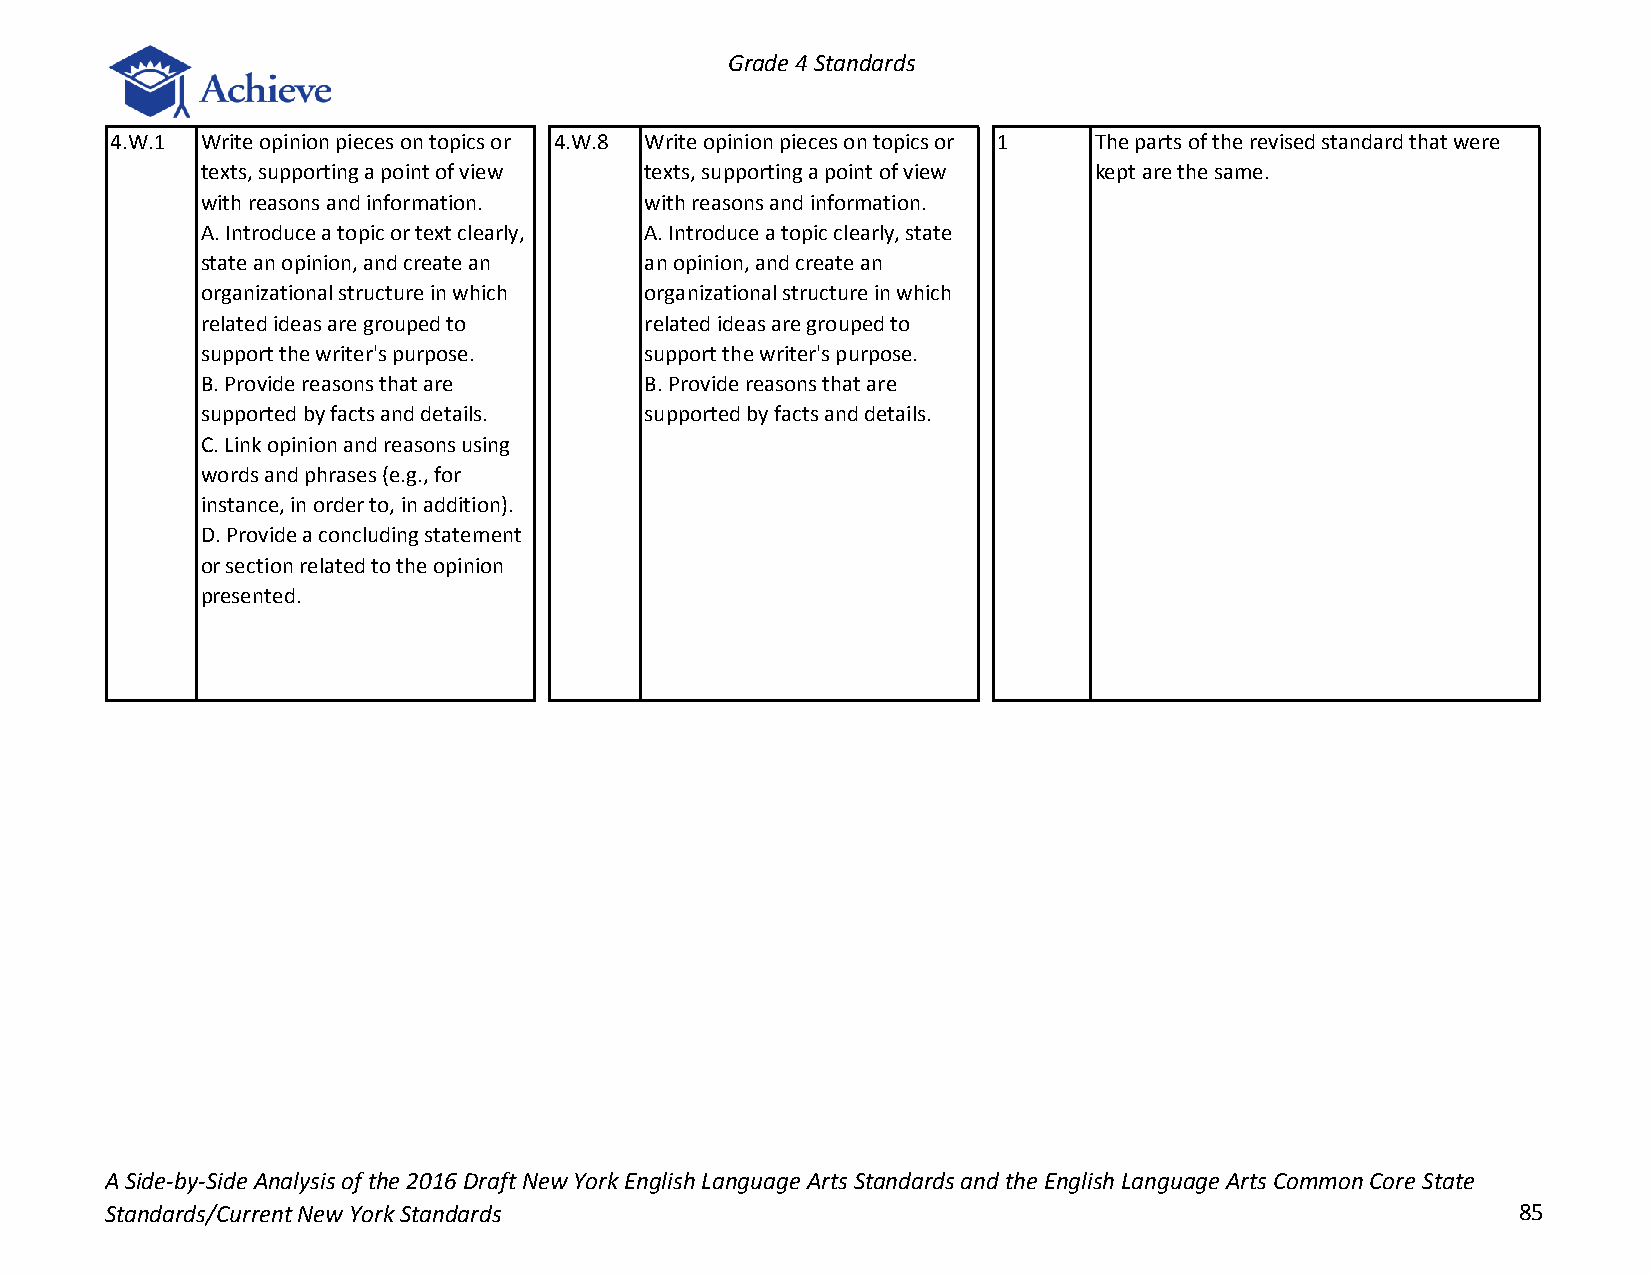
Grade 4 Standards
 4.W.1 Write opinion pieces on topics or 4.W.8 Write opinion pieces on topics or 1 The parts of the revised standard that were
 texts, supporting a point of view texts, supporting a point of view kept are the same.
 with reasons and information. with reasons and information.
 A. Introduce a topic or text clearly, A. Introduce a topic clearly, state
 state an opinion, and create an an opinion, and create an
 organizational structure in which organizational structure in which
 related ideas are grouped to  related ideas are grouped to
 support the writer's purpose. support the writer's purpose.
 B. Provide reasons that are   B. Provide reasons that are
 supported by facts and details. supported by facts and details.
 C. Link opinion and reasons using
 words and phrases (e.g., for
 instance, in order to, in addition).
 D. Provide a concluding statement
 or section related to the opinion
 presented.
 A Side-by-Side Analysis of the 2016 Draft New York English Language Arts Standards and the English Language Arts Common Core State
 Standards/Current New York Standards                                                         85